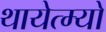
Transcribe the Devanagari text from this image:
थायेत्म्यो